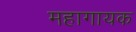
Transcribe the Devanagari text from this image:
महागायक